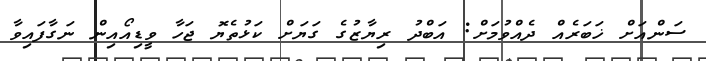
ސަންއަށް ޚަބަރެއް ދެއްވުމަށް: އަބްދު ރިޔާޒުގެ ގަޔަށް ކަޅުތެޔޮ ޖަހާ ވީޑިއޯއިން ނަގާފައިވާ